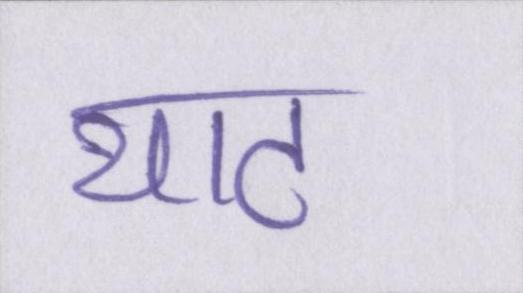
थाट